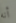
أنه